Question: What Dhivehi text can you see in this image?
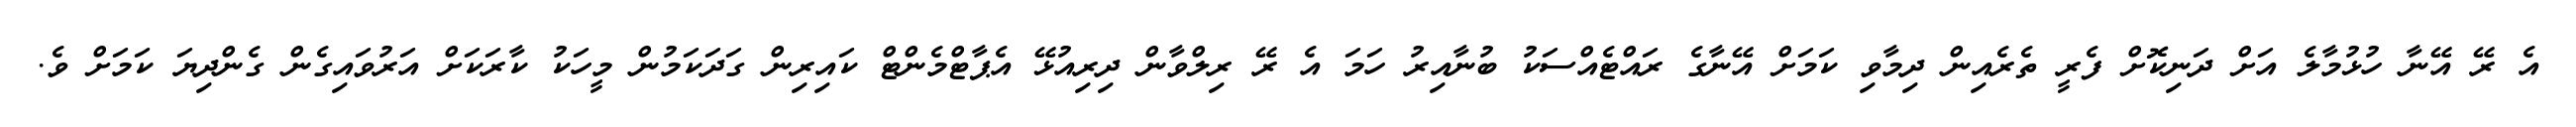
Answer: އެ ރޭ އޭނާ ހުޅުމާލެ އަށް ދަނިކޮށް ފެރީ ތެރެއިން ދިމާވި ކަމަށް އޭނާގެ ރައްޓެއްސަކު ބުނާއިރު ހަމަ އެ ރޭ ރިލްވާން ދިރިއުޅޭ އެޕާޓްމެންޓް ކައިރިން ގަދަކަމުން މީހަކު ކާރަކަށް އަރުވައިގެން ގެންދިޔަ ކަމަށް ވެ.